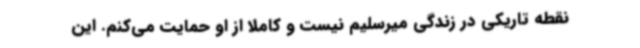
نقطه تاریکی در زندگی میرسلیم نیست و کاملا از او حمایت می‌کنم. این